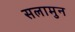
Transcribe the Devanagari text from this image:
सलामुन